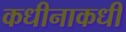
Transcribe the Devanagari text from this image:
कधीनाकधी